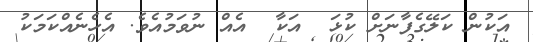
އަކުން ކަލޭގެފާނަށް ކުޅަ  އަކާ  އެއް ނުވަމުއެވެ. އެހެެނެއްކަމަކު